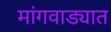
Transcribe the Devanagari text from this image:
मांगवाड्यात